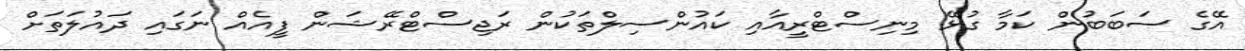
އޭގެ ސަބަބުން ކަމާ ގުޅޭ މިނިސްޓްރީއާއި ކައުންސިލްތަކުން ރަޖިސްޓްރޭޝަން ފީއެއް ނަގައި ދައުލަތަށް